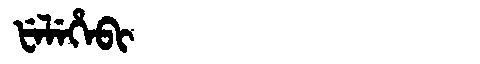
Manchu: ᡶᡝᠯᡝᡥᡝᠪᡳ
Romanization: FELEHEBI